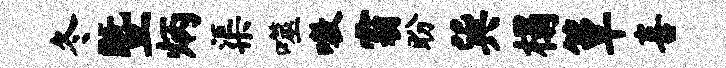
冬暨炳渠噬嗷霸盼巽榻簟喜